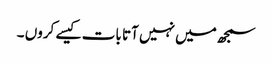
سمجھ میں نہیں آتا بات کیسے کروں ۔